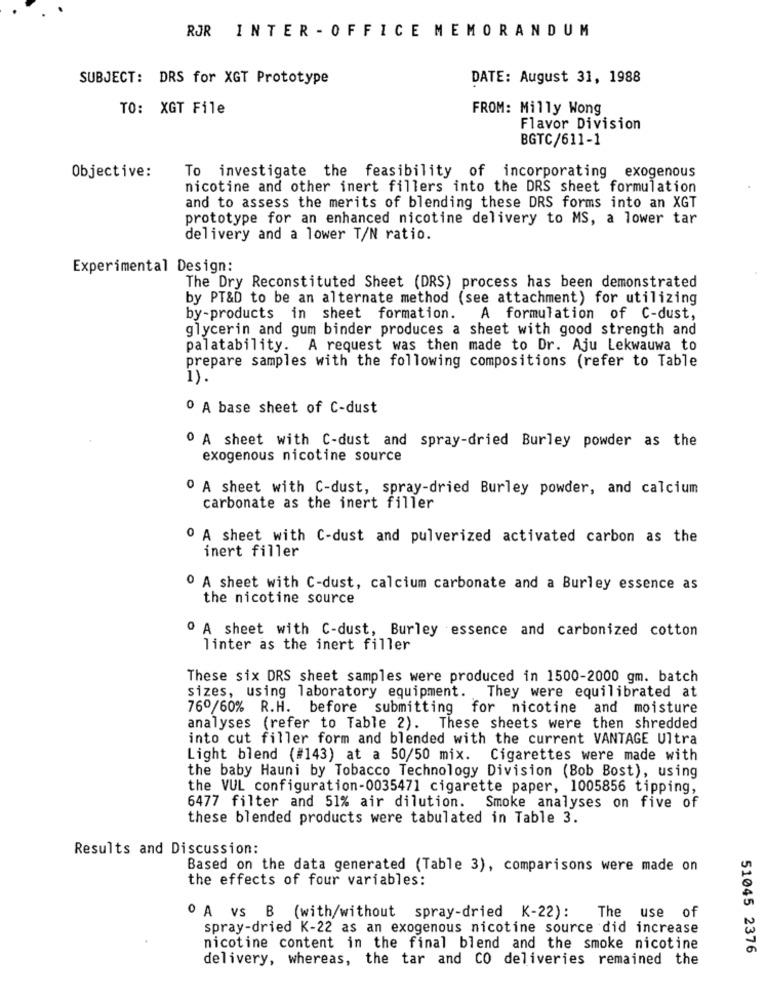
ROR INTER - OFFICE MEMORANDUM
SUBJECT: DRS for XGT Prototype
DATE: August 31, 1988
TO: XGT File
FROM: Milly Wong
Flavor Division
BGTC/611-1
To investigate the feasibility of incorporating exogenous
Objective:
nicotine and other inert fillers into the DRS sheet formulation
and to assess the merits of blending these DRS forms into an XGT
prototype for an enhanced nicotine delivery to MS, a lower tar
delivery and a lower T/N ratio.
Experimental Design:
The Dry Reconstituted Sheet (DRS) process has been demonstrated
by PT&D to be an alternate method (see attachment) for utilizing
by-products in sheet formation.
A formulation of C-dust,
glycerin and gum binder produces a sheet with good strength and
palatability. A request was then made to Dr. Aju Lekwauwa to
prepare samples with the following compositions (refer to Table
1)
0 A base sheet of C-dust
0 A sheet with C-dust and spray-dried Burley powder as the
exogenous nicotine source
0 A sheet with C-dust, spray-dried Burley powder, and calcium
carbonate as the inert filler
0 A sheet with C-dust and pulverized activated carbon as the
inert filler
0 A sheet with C-dust, calcium carbonate and a Burley essence as
the nicotine source
o A sheet with C-dust, Burley
essence and carbonized cotton
linter as the inert filler
These six DRS sheet samples were produced in 1500-2000 gm. batch
sizes, using laboratory equipment.
They were equilibrated at
76º/60% R.H. before submitting for nicotine and moisture
analyses (refer to Table 2). These sheets were then shredded
into cut filler form and blended with the current VANTAGE Ultra
Light blend (#143) at a 50/50 mix. Cigarettes were made with
the baby Hauni by Tobacco Technology Division (Bob Bost), using
the VUL configuration-0035471 cigarette paper, 1005856 tipping,
6477 filter and 51% air dilution.
Smoke analyses on five of
these blended products were tabulated in Table 3.
Results and Discussion:
Based on the data generated (Table 3), comparisons were made on
the effects of four variables:
O A vs B (with/without spray-dried K-22):
The use of
spray-dried K-22 as an exogenous nicotine source did increase
nicotine content in the final blend and the smoke nicotine
51045 2376
delivery, whereas, the tar and CO deliveries remained the